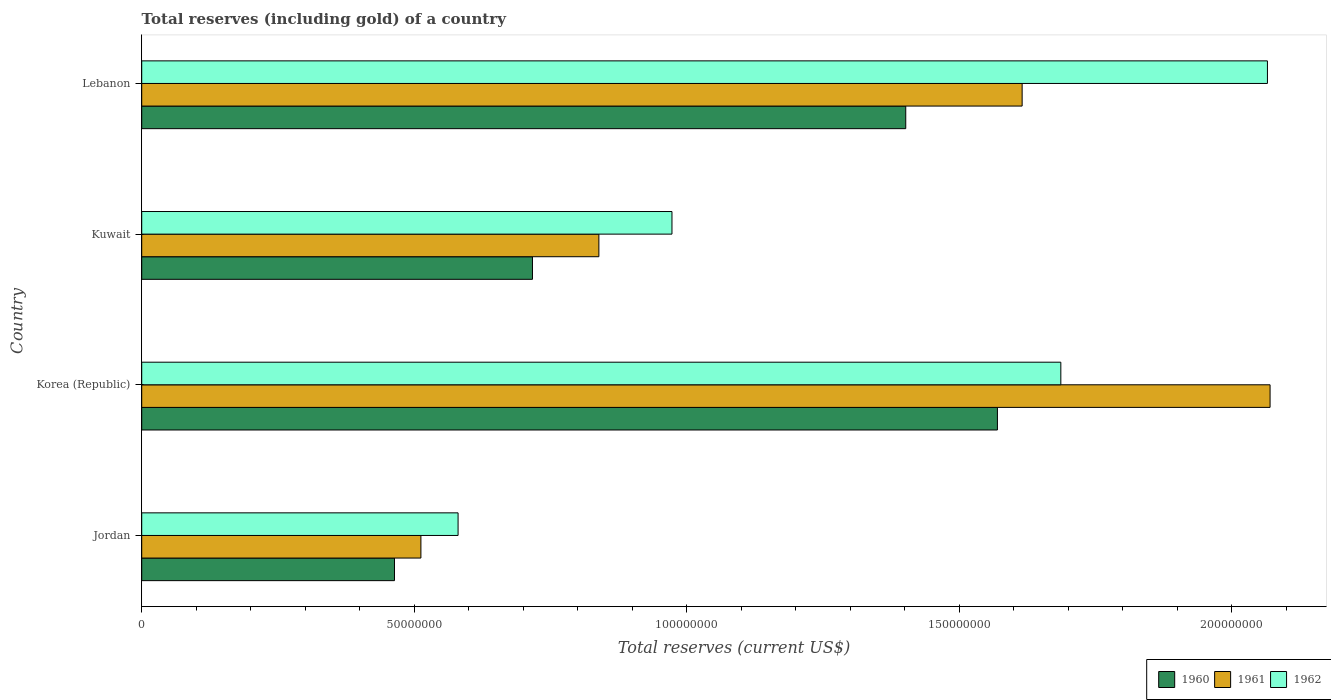
| Country | 1960 | 1961 | 1962 |
 | --- | --- | --- | --- |
 | Jordan | 4.64e+07 | 5.12e+07 | 5.8e+07 |
 | Korea (Republic) | 1.57e+08 | 2.07e+08 | 1.69e+08 |
 | Kuwait | 7.17e+07 | 8.39e+07 | 9.73e+07 |
 | Lebanon | 1.4e+08 | 1.62e+08 | 2.07e+08 |